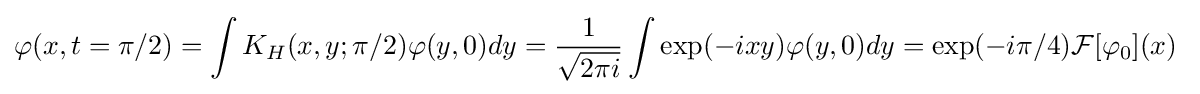
\varphi (x,t=\pi /2)=\int K_{H}(x,y;\pi /2)\varphi (y,0)dy={\frac {1}{\sqrt {2\pi i}}}\int \exp(-ixy)\varphi (y,0)dy=\exp(-i\pi /4){\mathcal {F}}[\varphi _{0}](x)~